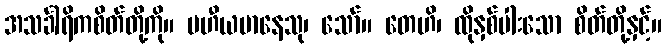
အသင်္ခါရိကစိတ်တို့ကို။ ပဟီယမာနေသု၊ သော်။ တေဟိ၊ ထိုနှစ်ပါးသော စိတ်တို့နှင့်။